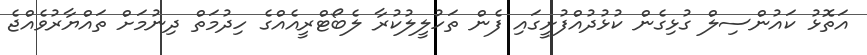
އަތޮޅު ކައުންސިލް ގުޅިގެން ކުޅުދުއްފުށީގައި ފެން ތަހުލީލުކުރާ ލެބޯޓްރީއެއްގެ ހިދުމަތް ދިނުމަށް ތައްޔާރުވެއްޖެ